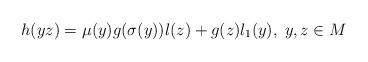
LaTeX: \begin{align*}h(yz)=\mu(y)g(\sigma(y))l(z)+g(z)l_{1}(y), \; y,z\in M \end{align*}